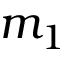
m _ { 1 }